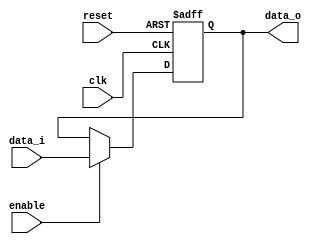
module Reg_PC
(
	input clk, enable, reset,
    input      [31:0] data_i, 
	output reg [31:0] data_o
);
 
 	always @(posedge clk or negedge reset) begin
      if (!reset) data_o <= 32'h400000;
      else
		if(enable) data_o <= data_i;
   end 

endmodule